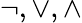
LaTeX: \lnot,\lor,\land